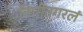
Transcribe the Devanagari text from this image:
निपीतगरलं